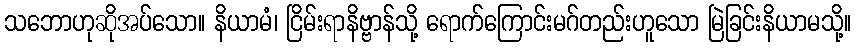
သဘောဟုဆိုအပ်သော။ နိယာမံ၊ ငြိမ်းရာနိဗ္ဗာန်သို့ ရောက်ကြောင်းမဂ်တည်းဟူသော မြဲခြင်းနိယာမသို့။